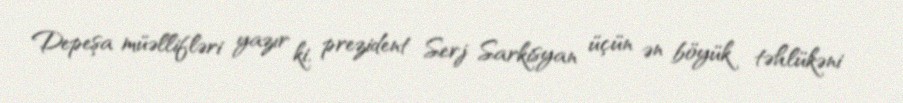
Depeşa müəllifləri yazır ki, prezident Serj Sarkisyan üçün ən böyük təhlükəni